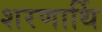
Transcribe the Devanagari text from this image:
शरणार्थि